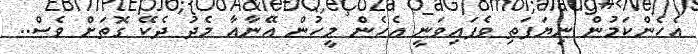
އެހެންކަމުން ނިޔަފަތި ވެފައިވަނީ އެހެން މީހުން އޭނާއާ މެދު ދެކޭ ގޮތަށް ވެސް..